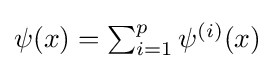
{\textstyle \psi (x)=\sum _{i=1}^{p}\psi ^{(i)}(x)}